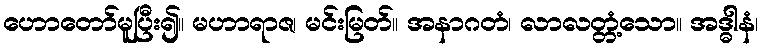
ဟောတော်မူပြီး၍။ မဟာရာဇ၊ မင်းမြတ်။ အနာဂတံ၊ လာလတ္တံ့သော။ အဒ္ဓါနံ၊